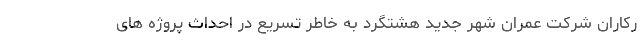
رکاران شرکت عمران شهر جدید هشتگرد به خاطر تسریع در احداث پروژه های